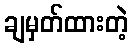
ချမှတ်ထားတဲ့